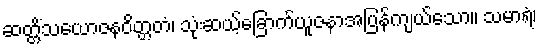
ဆတ္တိံသယောဇနဝိတ္တတံ၊ သုံးဆယ့်ခြောက်ယူဇနာအပြန်ကျယ်သော။ သမာရံ၊